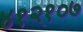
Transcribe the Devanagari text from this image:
४१२१०७